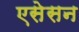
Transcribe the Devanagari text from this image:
एसेसन